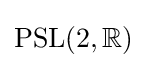
{\rm {PSL}}(2,\mathbb {R} )